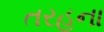
તરહના